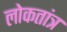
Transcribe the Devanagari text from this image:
लोकतांत्र